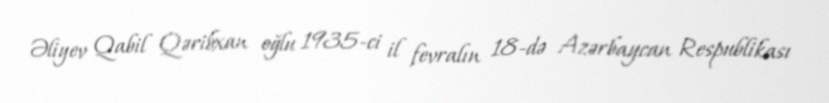
Əliyev Qabil Qəribxan oğlu 1935-ci il fevralın 18-də Azərbaycan Respublikası